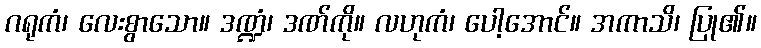
ဂရုကံ၊ လေးစွာသော။ ဒဏ္ဍံ၊ ဒဏ်ကို။ လဟုကံ၊ ပေါ့အောင်။ အကာသိ၊ ပြု၏။